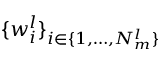
\{ w _ { i } ^ { l } \} _ { i \in \{ 1 , \dots , N _ { m } ^ { l } \} }